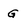
Character: G